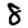
Digit: 8